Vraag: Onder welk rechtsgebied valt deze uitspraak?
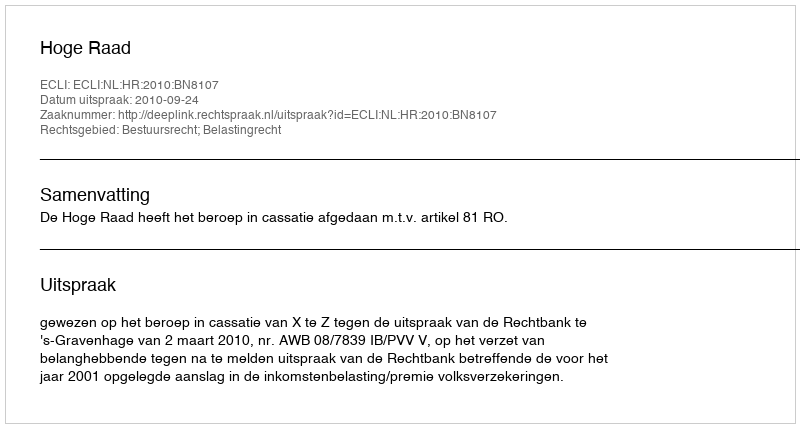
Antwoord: Bestuursrecht; Belastingrecht